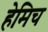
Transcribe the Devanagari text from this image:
हेमिच